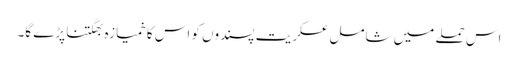
اس حملے میں شامل عسکریت پسندوں کو اس کا خمیازہ بھگتنا پڑے گا۔